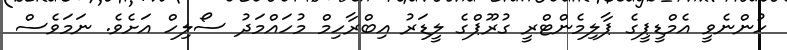
ހުންނެވީ އެމްޑީޕީގެ ޕާލިމެންޓްރީ ގުރޫޕްގެ ލީޑަރު އިބްރާހިމް މުހައްމަދު ސޯލިހް އަށެވެ. ނަމަވެސް